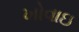
ખોવાઇ